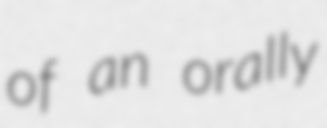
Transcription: of an orally